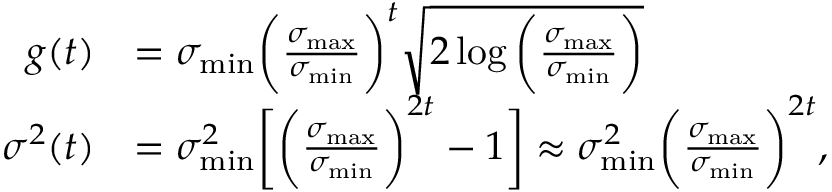
\begin{array} { r l } { g ( t ) } & { = \sigma _ { \mathrm { m i n } } \bigg ( \frac { \sigma _ { \mathrm { m a x } } } { \sigma _ { \mathrm { m i n } } } \bigg ) ^ { t } \sqrt { 2 \log { \bigg ( \frac { \sigma _ { \mathrm { m a x } } } { \sigma _ { \mathrm { m i n } } } \bigg ) } } } \\ { \sigma ^ { 2 } ( t ) } & { = \sigma _ { \mathrm { m i n } } ^ { 2 } \bigg [ \bigg ( \frac { \sigma _ { \mathrm { m a x } } } { \sigma _ { \mathrm { m i n } } } \bigg ) ^ { 2 t } - 1 \bigg ] \approx \sigma _ { \mathrm { m i n } } ^ { 2 } \bigg ( \frac { \sigma _ { \mathrm { m a x } } } { \sigma _ { \mathrm { m i n } } } \bigg ) ^ { 2 t } , } \end{array}